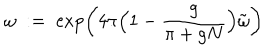
\omega \; : = \; \exp \left( 4 \pi \Big ( 1 - \frac { g } { \pi + g N } \Big ) \tilde { \omega } \right)